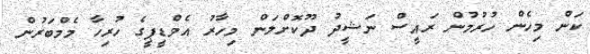
ކަން މިހެން ހުރުމުން ރައީސް ނަޝީދު ދޫކޮށްލަން މިހާރު އެމްޑީޕީގެ ހުރިހާ މެމްބަރުން